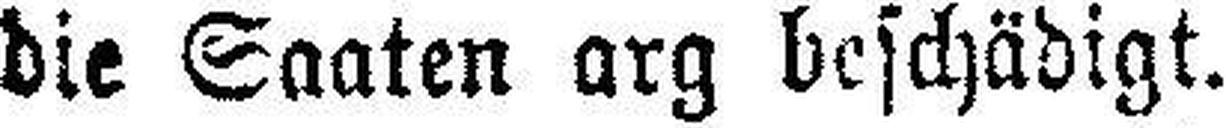
die Saaten arg beschädigt.